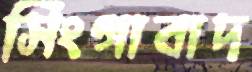
সিংগাবাদ